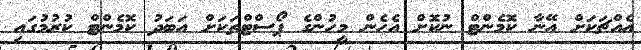
އެއްޗަކަށް އޭނާ ކޮމެންޓް ނުކޮށް އެހެން މީހުންގެ ޕޯސްޓްތަކަށް އަބަދު ކޮމެންޓް ކުރުމުގައި